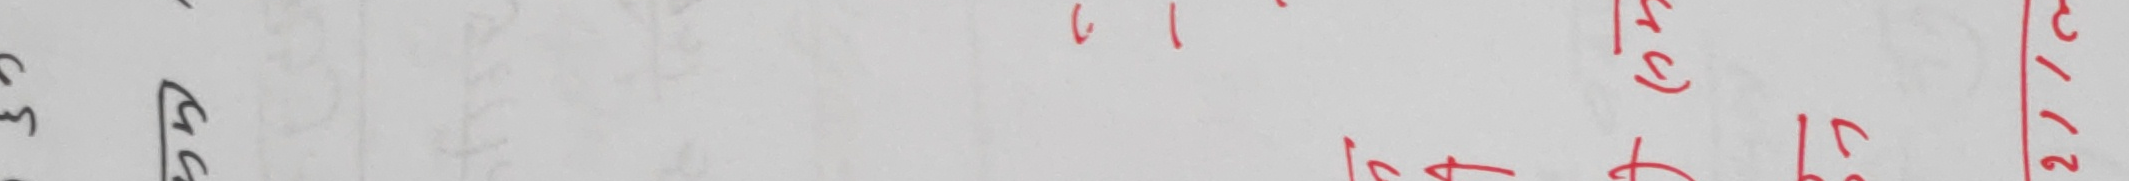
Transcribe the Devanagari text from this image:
२७/१२